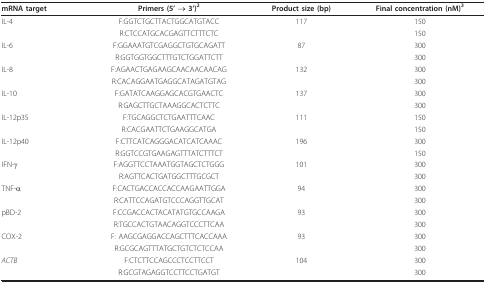
<table><thead><tr><td><b>mRNA target</b></td><td><b>Primers (5&#x27; → 3&#x27;)<sup>2</sup></b></td><td><b>Product size (bp)</b></td><td><b>Final concentration (nM)<sup>3</sup></b></td></tr></thead><tbody><tr><td>IL-4</td><td>F:GGTCTGCTTACTGGCATGTACC</td><td>117</td><td>150</td></tr><tr><td></td><td>R:CTCCATGCACGAGTTCTTTCTC</td><td></td><td>150</td></tr><tr><td>IL-6</td><td>F:GGAAATGTCGAGGCTGTGCAGATT</td><td>87</td><td>300</td></tr><tr><td></td><td>R:GGTGGTGGCTTTGTCTGGATTCTT</td><td></td><td>300</td></tr><tr><td>IL-8</td><td>F:AGAACTGAGAAGCAACAACAACAG</td><td>132</td><td>300</td></tr><tr><td></td><td>R:CACAGGAATGAGGCATAGATGTAG</td><td></td><td>300</td></tr><tr><td>IL-10</td><td>F:GATATCAAGGAGCACGTGAACTC</td><td>137</td><td>300</td></tr><tr><td></td><td>R:GAGCTTGCTAAAGGCACTCTTC</td><td></td><td>300</td></tr><tr><td>IL-12p35</td><td>F:TGCAGGCTCTGAATTTCAAC</td><td>111</td><td>150</td></tr><tr><td></td><td>R:CACGAATTCTGAAGGCATGA</td><td></td><td>150</td></tr><tr><td>IL-12p40</td><td>F:CTTCATCAGGGACATCATCAAAC</td><td>196</td><td>300</td></tr><tr><td></td><td>R:GGTCCGTGAAGAGTTTATCTTTCT</td><td></td><td>150</td></tr><tr><td>IFN-γ</td><td>F:AGGTTCCTAAATGGTAGCTCTGGG</td><td>101</td><td>300</td></tr><tr><td></td><td>R:AGTTCACTGATGGCTTTGCGCT</td><td></td><td>300</td></tr><tr><td>TNF-α</td><td>F:CACTGACCACCACCAAGAATTGGA</td><td>94</td><td>300</td></tr><tr><td></td><td>R:CATTCCAGATGTCCCAGGTTGCAT</td><td></td><td>300</td></tr><tr><td>pBD-2</td><td>F:CCGACCACTACATATGTGCCAAGA</td><td>93</td><td>300</td></tr><tr><td></td><td>R:TGCCACTGTAACAGGTCCCTTCAA</td><td></td><td>300</td></tr><tr><td>COX-2</td><td>F: AAGCGAGGACCAGCTTTCACCAAA</td><td>93</td><td>300</td></tr><tr><td></td><td>R:GCGCAGTTTATGCTGTCTCTCCAA</td><td></td><td>300</td></tr><tr><td><i>ACTB</i></td><td>F:CTCTTCCAGCCCTCCTTCCT</td><td>104</td><td>300</td></tr><tr><td></td><td>R:GCGTAGAGGTCCTTCCTGATGT</td><td></td><td>300</td></tr></tbody></table>